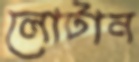
লোটান